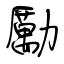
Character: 勵